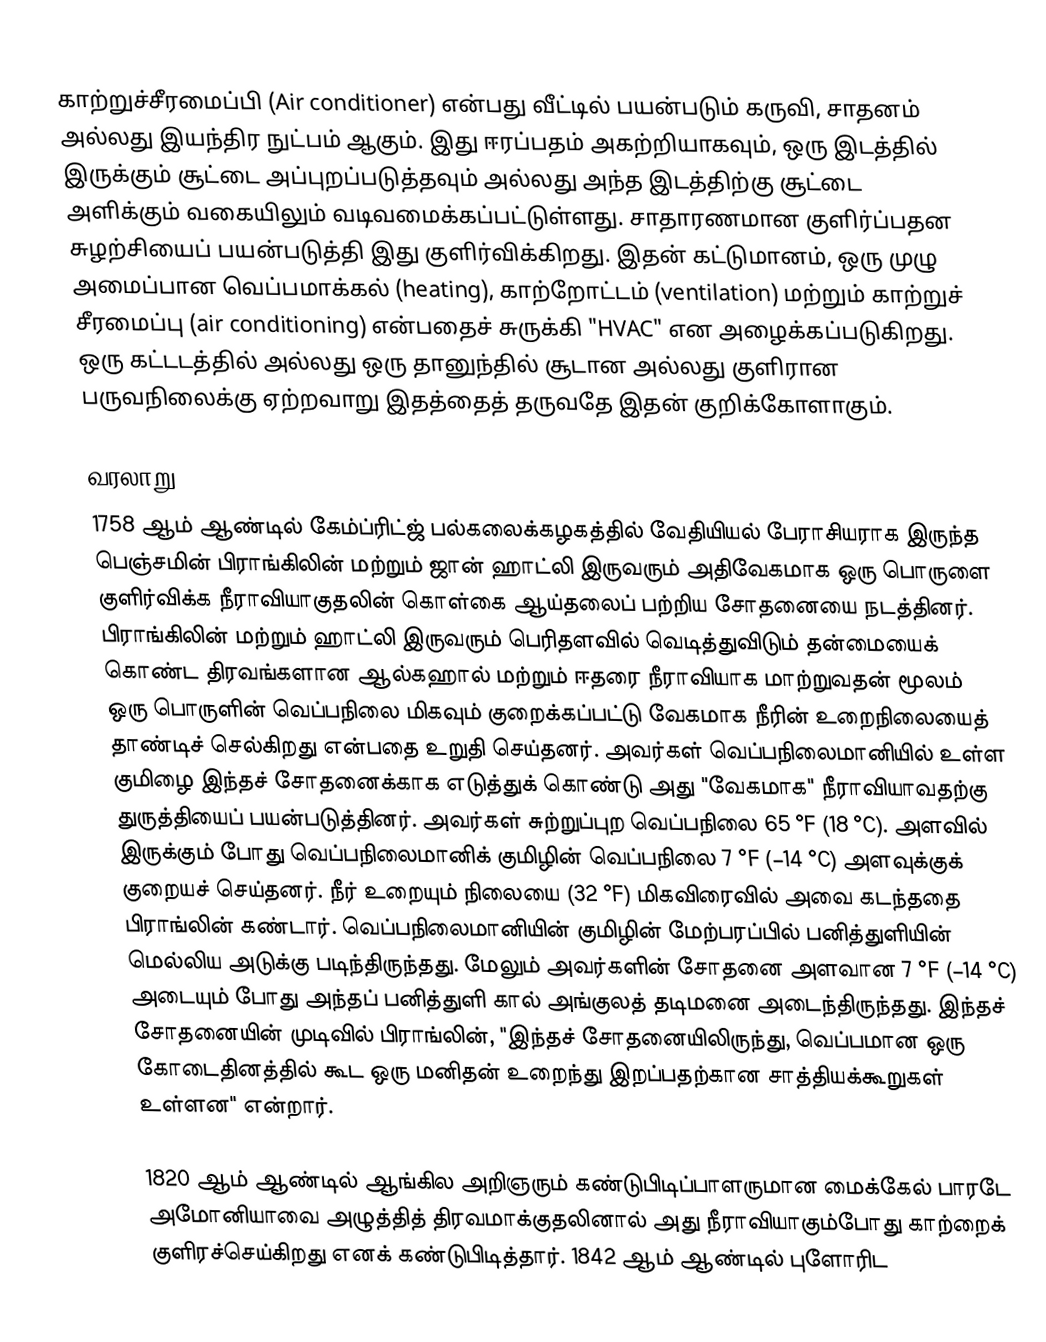
காற்றுச்சீரமைப்பி (Air conditioner) என்பது வீட்டில் பயன்படும் கருவி, சாதனம் அல்லது இயந்திர நுட்பம் ஆகும். இது ஈரப்பதம் அகற்றியாகவும், ஒரு இடத்தில் இருக்கும் சூட்டை அப்புறப்படுத்தவும் அல்லது அந்த இடத்திற்கு சூட்டை அளிக்கும் வகையிலும் வடிவமைக்கப்பட்டுள்ளது. சாதாரணமான குளிர்ப்பதன சுழற்சியைப் பயன்படுத்தி இது குளிர்விக்கிறது. இதன் கட்டுமானம், ஒரு முழு அமைப்பான வெப்பமாக்கல் (heating), காற்றோட்டம் (ventilation) மற்றும் காற்றுச் சீரமைப்பு (air conditioning) என்பதைச் சுருக்கி "HVAC" என அழைக்கப்படுகிறது. ஒரு கட்டடத்தில் அல்லது ஒரு தானுந்தில் சூடான அல்லது குளிரான பருவநிலைக்கு ஏற்றவாறு இதத்தைத் தருவதே இதன் குறிக்கோளாகும்.

வரலாறு
1758 ஆம் ஆண்டில் கேம்ப்ரிட்ஜ் பல்கலைக்கழகத்தில் வேதியியல் பேராசியராக இருந்த பெஞ்சமின் பிராங்கிலின் மற்றும் ஜான் ஹாட்லி இருவரும் அதிவேகமாக ஒரு பொருளை குளிர்விக்க நீராவியாகுதலின் கொள்கை ஆய்தலைப் பற்றிய சோதனையை நடத்தினர். பிராங்கிலின் மற்றும் ஹாட்லி இருவரும் பெரிதளவில் வெடித்துவிடும் தன்மையைக் கொண்ட திரவங்களான ஆல்கஹால் மற்றும் ஈதரை நீராவியாக மாற்றுவதன் மூலம் ஒரு பொருளின் வெப்பநிலை மிகவும் குறைக்கப்பட்டு வேகமாக நீரின் உறைநிலையைத் தாண்டிச் செல்கிறது என்பதை உறுதி செய்தனர். அவர்கள் வெப்பநிலைமானியில் உள்ள குமிழை இந்தச் சோதனைக்காக எடுத்துக் கொண்டு அது "வேகமாக" நீராவியாவதற்கு துருத்தியைப் பயன்படுத்தினர். அவர்கள் சுற்றுப்புற வெப்பநிலை 65 °F (18 °C). அளவில் இருக்கும் போது வெப்பநிலைமானிக் குமிழின் வெப்பநிலை 7 °F (−14 °C) அளவுக்குக் குறையச் செய்தனர். நீர் உறையும் நிலையை (32 °F) மிகவிரைவில் அவை கடந்ததை பிராங்லின் கண்டார். வெப்பநிலைமானியின் குமிழின் மேற்பரப்பில் பனித்துளியின் மெல்லிய அடுக்கு படிந்திருந்தது. மேலும் அவர்களின் சோதனை அளவான 7 °F (−14 °C) அடையும் போது அந்தப் பனித்துளி கால் அங்குலத் தடிமனை அடைந்திருந்தது. இந்தச் சோதனையின் முடிவில் பிராங்லின், "இந்தச் சோதனையிலிருந்து, வெப்பமான ஒரு கோடைதினத்தில் கூட ஒரு மனிதன் உறைந்து இறப்பதற்கான சாத்தியக்கூறுகள் உள்ளன" என்றார்.

1820 ஆம் ஆண்டில் ஆங்கில அறிஞரும் கண்டுபிடிப்பாளருமான மைக்கேல் பாரடே அமோனியாவை அழுத்தித் திரவமாக்குதலினால் அது நீராவியாகும்போது காற்றைக் குளிரச்செய்கிறது எனக் கண்டுபிடித்தார். 1842 ஆம் ஆண்டில் புளோரிட